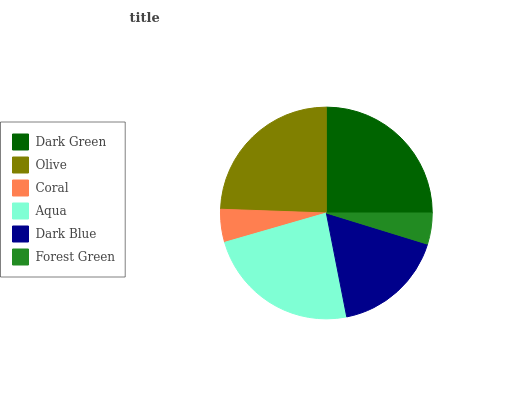
| Dark Green | Olive | Coral | Aqua | Dark Blue | Forest Green |
 | --- | --- | --- | --- | --- | --- |
 | 25% | 24.5% | 5.03% | 23.5% | 17.2% | 4.76% |